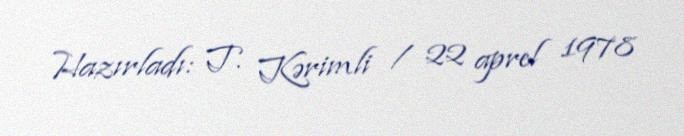
Hazırladı: T. Kərimli / 22 aprel 1978